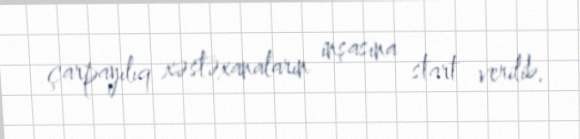
çarpayılıq xəstəxanaların inşasına start verilib.